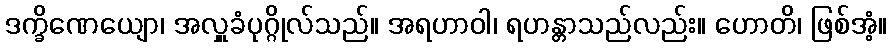
ဒက္ခိဏေယျော၊ အလှူခံပုဂ္ဂိုလ်သည်။ အရဟာဝါ၊ ရဟန္တာသည်လည်း။ ဟောတိ၊ ဖြစ်အံ့။